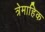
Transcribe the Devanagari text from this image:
त्रेमाहिक